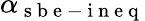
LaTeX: \alpha_{\mathrm{~s~b~e~-~i~n~e~q~}}